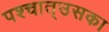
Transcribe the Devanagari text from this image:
पश्‍चात्‌उसका